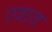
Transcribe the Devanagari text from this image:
एजाज